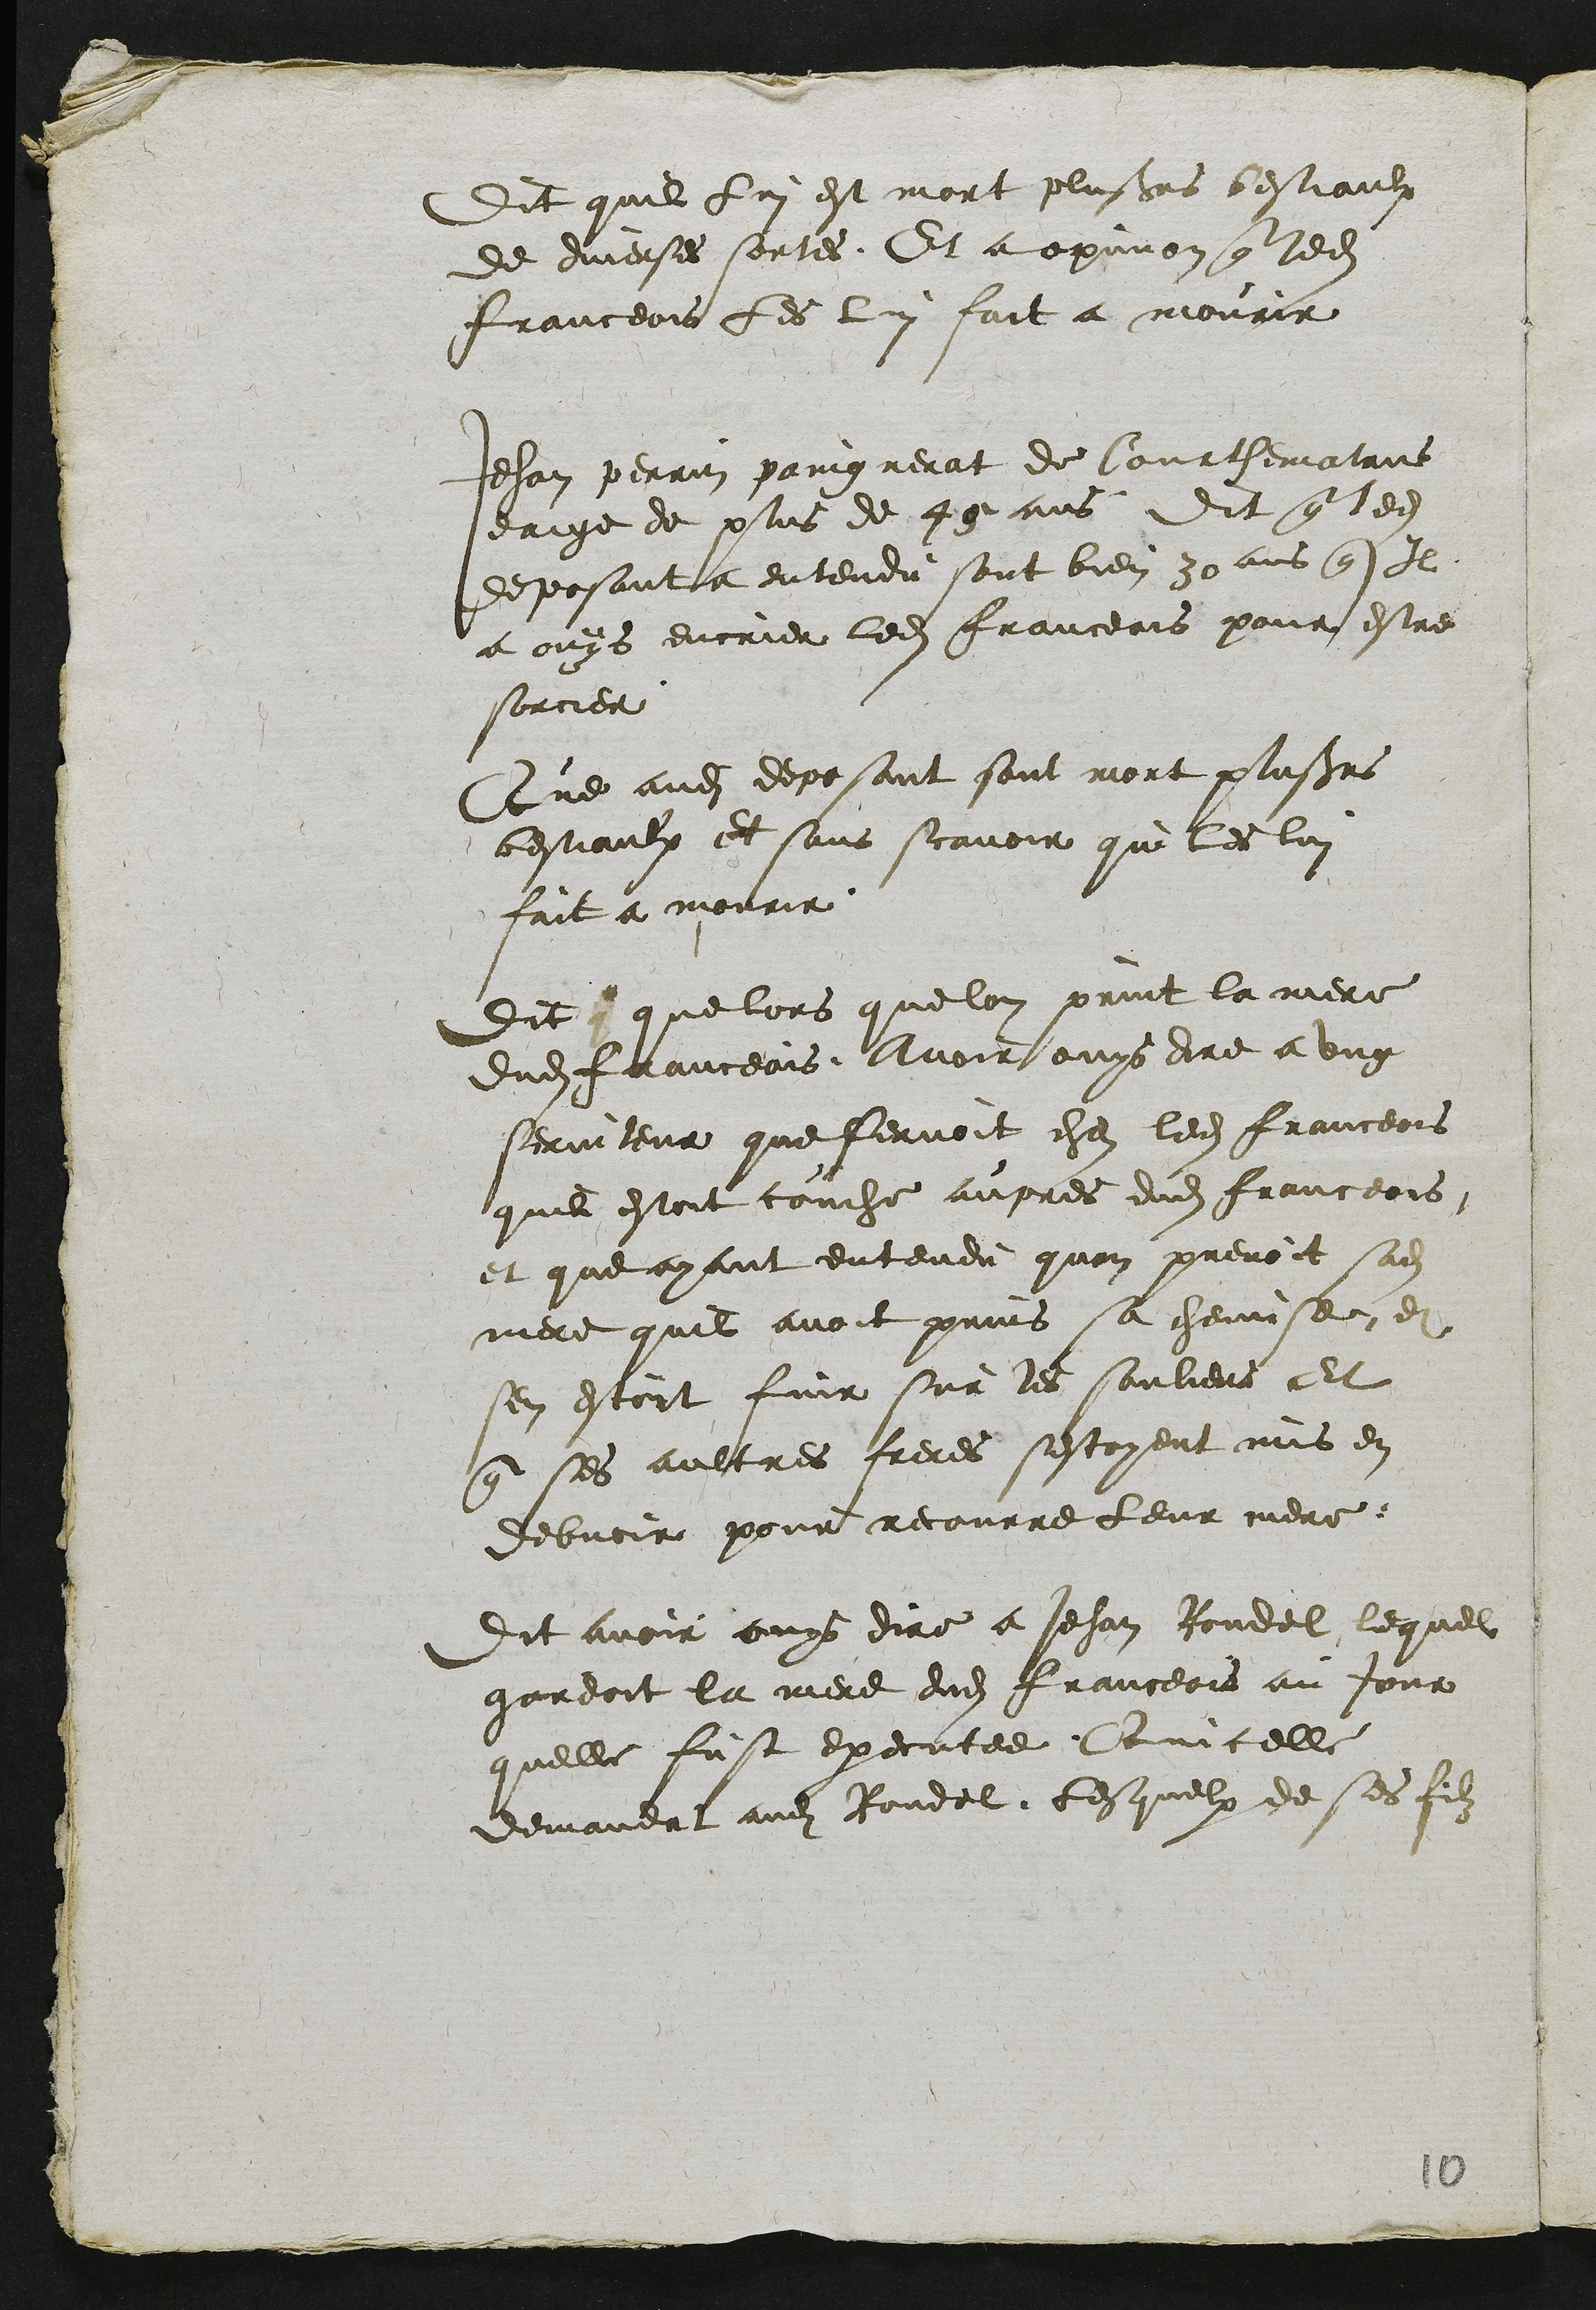
Dit quil Lui est mort plusieurs bestiaulx
de diverses sortes Et a opinion que ledit
franceois les lui fait a mourir
Jehan perrin paingnerat de Courthematrus
eaige de plus de 45 ans Dit que ledit
deposant a entendu sont bien 30 ans que Il
a ouys encrier ledit franceois pour estre
sorcier
Que audit deposant sont mort plusieurs
bestiaulx et sans scavoir qui les lui
fait a mourir
Dit que lors que lon print la mere
dudit franceois avoir ouys dire a ung
serviteur que servoit che ledit franceois
quil estoit couche aupres dudit franceois
et que ayant entendu quon prenoit sadite
mere quil avoit prins sa chemise et
sen estoit fuir sur les souliers Et
que ses aultres freres sestoyent mis en
debvoir pour recourre leur mere
Dit avoir ouys dire a Jehan Rondel lequel
gardoit la mere dudit franceois au jour
quelle fust executee Quicelle
demandat audit Rondel, Lesquelx de ses filz